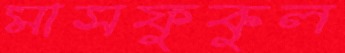
মাসফুকুল